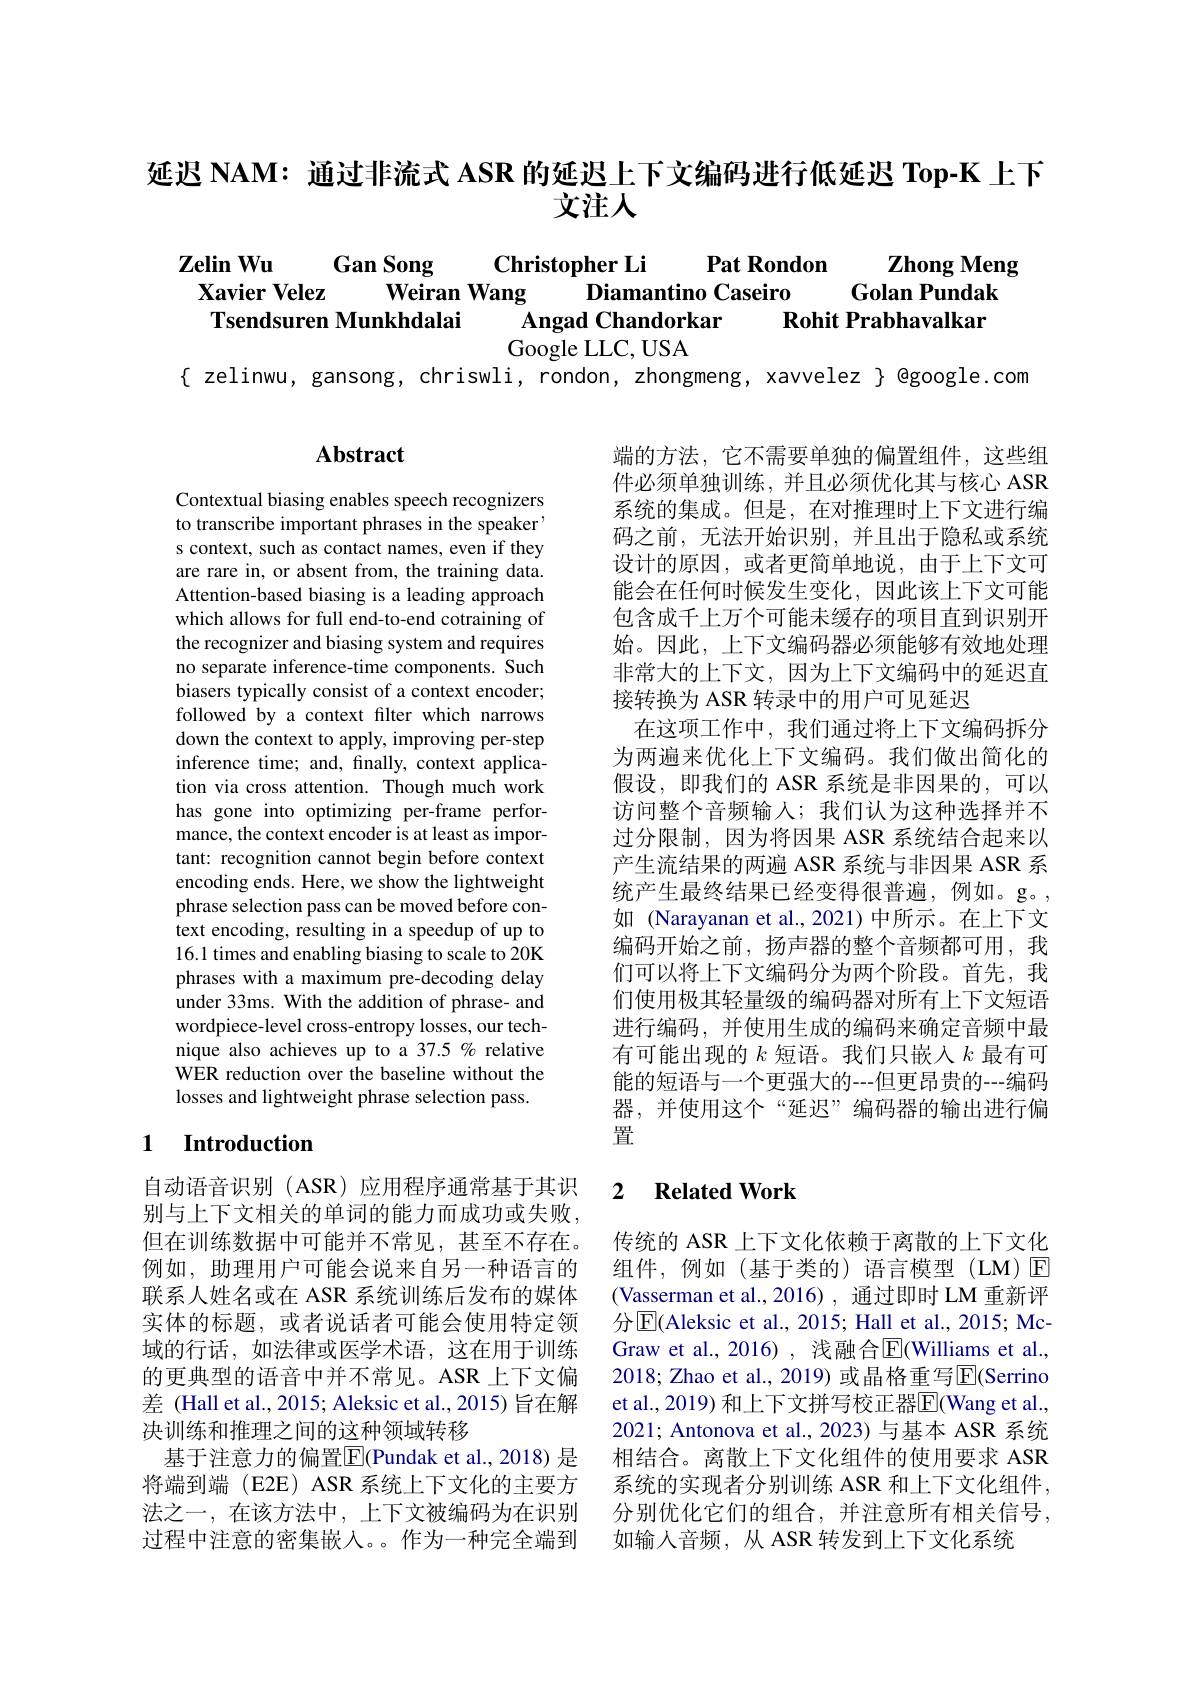
延迟 NAM: 通过非流式 ASR 的延迟上下文编码进行低延迟 Top-K 上下
文注人

### $\mathbf{ZelinWu}$ Pat Rondon Gan Song $\textbf{Christopher Li}$ $\mathbf{ZhongMeng}$ $\textbf{Xavier Velez}$ Weiran Wang Diamantino Caseiro Golan Pundak Tsendsuren Munkhdalai $\mathbf{AngadChandorkar}$ Rohit Prabhavalkar Google LLC, USA

{ zelinwu, gansong, chriswli, rondon, zhongmeng, xavvelez} @google.com

# Abstract

Contextual biasing enables speech recognizers to transcribe important phrases in the speaker' s context, such as contact names, even if they are rare in, or absent from, the training data. Attention-based biasing is a leading approach which allows for full end-to-end cotraining of the recognizer and biasing system and requires no separate inference-time components. Such biasers typically consist of a context encoder; followed by a context filter which narrows down the context to apply, improving per-step inference time; and, finally, context application via cross attention. Though much work has gone into optimizing per-frame performance, the context encoder is at least as important: recognition cannot begin before context encoding ends. Here, we show the lightweight phrase selection pass can be moved before context encoding, resulting in a speedup of up to 16.1 times and enabling biasing to scale to 20K phrases with a maximum pre-decoding delay under 33ms. With the addition of phrase- and wordpiece-level cross-entropy losses, our technique also achieves up to a 37.5 % relative WER reduction over the baseline without the losses and lightweight phrase selection pass.

### 1 $\textbf{Introduction}$

自动语音识别(ASR)应用程序通常基于其识别与上下文相关的单词的能力而成功或失败， 但在训练数据中可能并不常见，甚至不存在。例如，助理用户可能会说来自另一种语言的联系人姓名或在 ASR 系统训练后发布的媒体实体的标题，或者说话者可能会使用特定领域的行话，如法律或医学术语，这在用于训练的更典型的语音中并不常见。ASR 上下文偏差 (Hall et al., 2015; Aleksic et al., 2015) 旨在解决训练和推理之间的这种领域转移
基于注意力的偏置$\boxed{\mathrm{F}}($Pundak et al.,2018) 是将端到端 (E2E) ASR 系统上下文化的主要方法之一，在该方法中，上下文被编码为在识别过程中注意的密集嵌入。作为一种完全端到

端的方法，它不需要单独的偏置组件，这些组件必须单独训练，并且必须优化其与核心 ASR 系统的集成。但是，在对推理时上下文进行编码之前，无法开始识别，并且出于隐私或系统设计的原因，或者更简单地说，由于上下文可能会在任何时候发生变化，因此该上下文可能包含成千上万个可能未缓存的项目直到识别开始。因此，上下文编码器必须能够有效地处理非常大的上下文，因为上下文编码中的延迟直接转换为 ASR 转录中的用户可见延迟
在这项工作中，我们通过将上下文编码拆分为两遍来优化上下文编码。我们做出简化的假设，即我们的 ASR 系统是非因果的，可以访问整个音频输人；我们认为这种选择并不过分限制，因为将因果 ASR 系统结合起来以产生流结果的两遍 ASR 系统与非因果 ASR 系统产生最终结果已经变得很普遍，例如。g。, 如 (Narayanan et al.,2021)中所示。在上下文编码开始之前，扬声器的整个音频都可用，我们可以将上下文编码分为两个阶段。首先，我们使用极其轻量级的编码器对所有上下文短语进行编码，并使用生成的编码来确定音频中最有可能出现的$k$短语。我们只嵌入$k$最有可能的短语与一个更强大的---但更昂贵的---编码器，并使用这个“延迟”编码器的输出进行偏置

### 2 $\textbf{Related Work}$

传统的 ASR 上下文化依赖于离散的上下文化组件，例如(基于类的)语言模型(LM)☑ (Vasserman et al.,2016), 通过即时 LM 重新评分$\overline{\mathrm{E}}($Aleksic et al., 2015; Hall et al., 2015; McGraw et al., 2016), 浅融合$\overline{\mathrm{E}}($Williams et al., 2018; Zhao et al., 2019) 或晶格重写$\overline{\mathrm{E}}($Serrino et al., 2019) 和上下文拼写校正器$\overline{\mathrm{E}}($Wang et al., 2021; Antonova et al., 2023) 与基本 ASR 系统相结合。离散上下文化组件的使用要求 ASR 系统的实现者分别训练 ASR 和上下文化组件， 分别优化它们的组合，并注意所有相关信号， 如输入音频，从 ASR 转发到上下文化系统